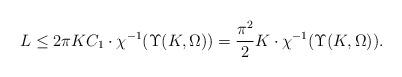
LaTeX: \begin{align*}{L}\le {2\pi KC_1}\cdot \chi^{-1}(\Upsilon(K,\Omega))=\frac{\pi^2}{2}{ K}\cdot \chi^{-1}(\Upsilon(K,\Omega)).\end{align*}